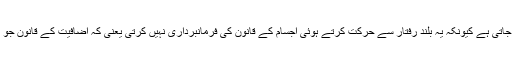
بلند سمتی رفتار پر یہ مساوات ناکام ہو جاتی ہے کیونکہ یہ بلند رفتار سے حرکت کرتے ہوئی اجسام کے قانون کی فرمانبرداری نہیں کرتی یعنی کہ اضافیت کے قانون جو البرٹ آئن سٹائن نے دریافت کیے تھے۔